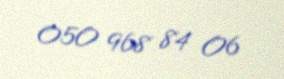
050 968 84 06